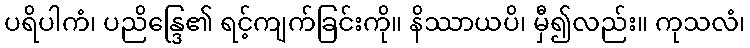
ပရိပါကံ၊ ပညိန္ဒြေ၏ ရင့်ကျက်ခြင်းကို။ နိဿာယပိ၊ မှီ၍လည်း။ ကုသလံ၊